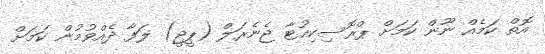
އޮތް ކަމެއް ނޫން ކަމަށް ޕްރޮސިކިއުޓާ ޖެނެރަލް (ޕީޖީ) ލަފާ ދެއްވުމުން ކަމަށް